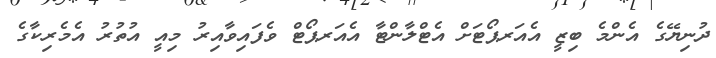
ދުނިޔޭގެ އެންމެ ބިޒީ އެއަރޕޯޓަށް އެޓްލާންޓާ އެއަރޕޯޓް ވެފައިވާއިރު މިއީ އުތުރު އެމެރިކާގެ